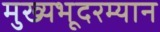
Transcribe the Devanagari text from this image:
मुख्यभूदरम्यान